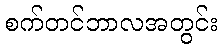
စက်တင်ဘာလအတွင်း